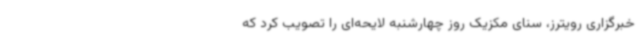
خبرگزاری رویترز، سنای مکزیک روز چهارشنبه لایحه‌ای را تصویب کرد که